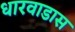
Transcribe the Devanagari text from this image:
धारवाडास